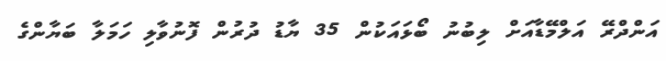
އަންދްރޭ އަލްމޭޑާއަށް ލިބުނު ބޯޅައަކުން 35 ޔާޑު ދުރުން ފޮނުވާލި ހަމަލާ ބަޔާންގެ